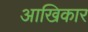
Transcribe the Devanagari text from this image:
आखिकार